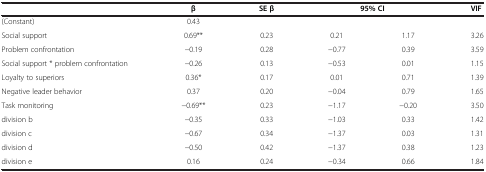
<table><thead><tr><td><b> </b></td><td><b>β</b></td><td><b>SE β</b></td><td colspan="2"><b>95% CI</b></td><td><b>VIF</b></td></tr></thead><tbody><tr><td>(Constant)</td><td>0.43</td><td> </td><td> </td><td> </td><td> </td></tr><tr><td>Social support</td><td>0.69**</td><td>0.23</td><td>0.21</td><td>1.17</td><td>3.26</td></tr><tr><td>Problem confrontation</td><td>−0.19</td><td>0.28</td><td>−0.77</td><td>0.39</td><td>3.59</td></tr><tr><td>Social support * problem confrontation</td><td>−0.26</td><td>0.13</td><td>−0.53</td><td>0.01</td><td>1.15</td></tr><tr><td>Loyalty to superiors</td><td>0.36*</td><td>0.17</td><td>0.01</td><td>0.71</td><td>1.39</td></tr><tr><td>Negative leader behavior</td><td>0.37</td><td>0.20</td><td>−0.04</td><td>0.79</td><td>1.65</td></tr><tr><td>Task monitoring</td><td>−0.69**</td><td>0.23</td><td>−1.17</td><td>−0.20</td><td>3.50</td></tr><tr><td>division b</td><td>−0.35</td><td>0.33</td><td>−1.03</td><td>0.33</td><td>1.42</td></tr><tr><td>division c</td><td>−0.67</td><td>0.34</td><td>−1.37</td><td>0.03</td><td>1.31</td></tr><tr><td>division d</td><td>−0.50</td><td>0.42</td><td>−1.37</td><td>0.38</td><td>1.23</td></tr><tr><td>division e</td><td>0.16</td><td>0.24</td><td>−0.34</td><td>0.66</td><td>1.84</td></tr></tbody></table>